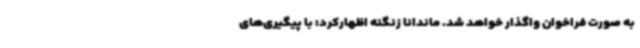
به صورت فراخوان واگذار خواهد شد. ماندانا زنگنه اظهارکرد: با پیگیری‌های